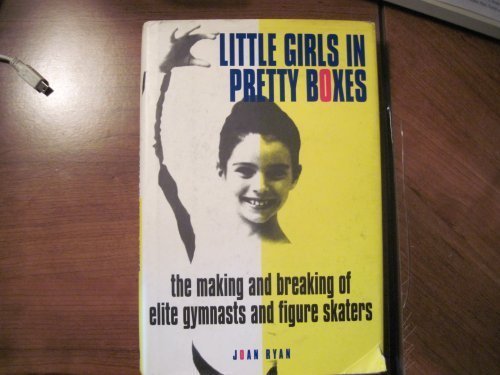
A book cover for Little Girls in Pretty Boxes: The Making and Breaking of Elite Gymnasts and Figure Skaters; Joan Ryan; Sports & Outdoors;